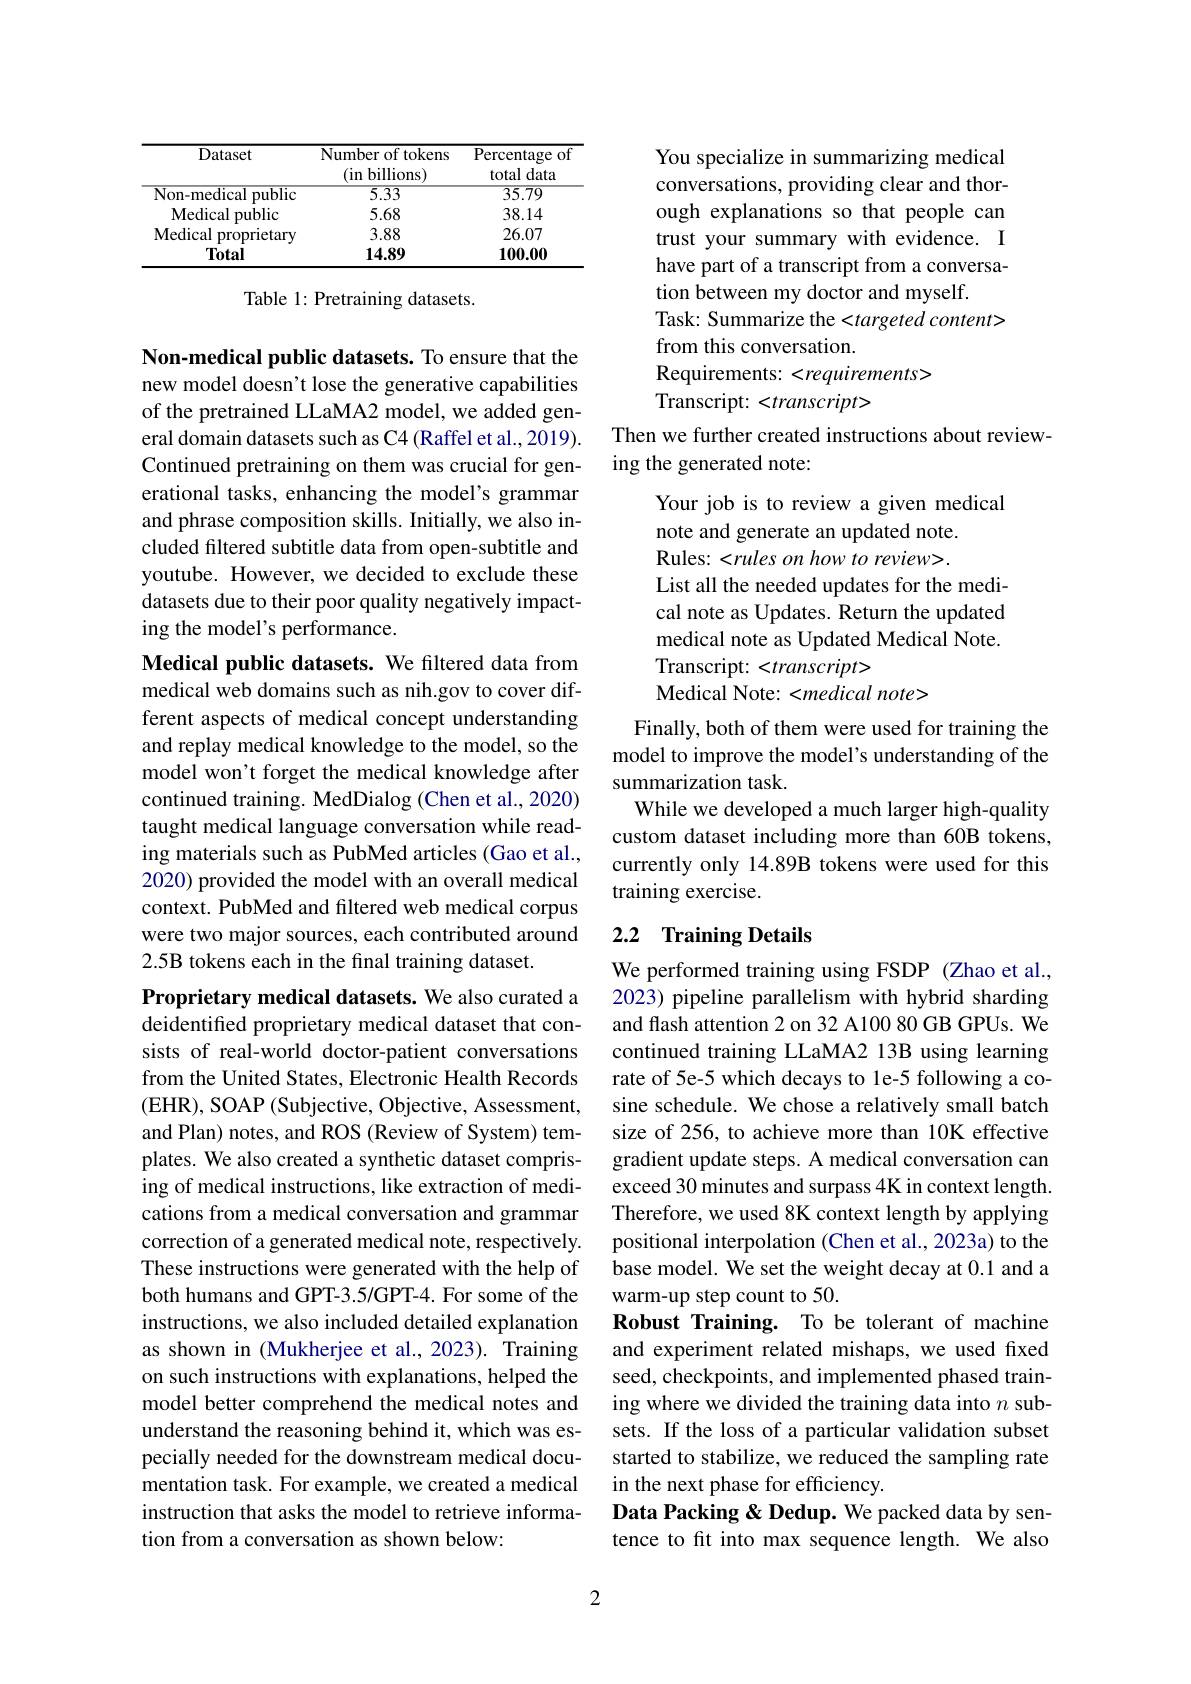
<table>
	<tbody>
		<tr>
			<th>Dataset</th>
			<th>Number of tokens (in billions)</th>
			<th>Percentage of total $o$ data</th>
		</tr>
		<tr>
			<td>Non-medical public </td>
			<td>5.33</td>
			<td>35.79</td>
		</tr>
		<tr>
			<td>Medical public</td>
			<td>5.68</td>
			<td>38.14</td>
		</tr>
		<tr>
			<td>Medical proprietary</td>
			<td>3.88</td>
			<td>26.07</td>
		</tr>
		<tr>
			<td>Total</td>
			<td>14.89</td>
			<td>100.00</td>
		</tr>
	</tbody>
</table>

Table 1: Pretraining datasets.

Non-medical public datasets. To ensure that the new model doesn't lose the generative capabilities of the pretrained LLaMA2 model, we added general domain datasets such as C4 (Raffel et al., 2019). Continued pretraining on them was crucial for generational tasks, enhancing the model's grammar and phrase composition skills. Initially, we also included filtered subtitle data from open-subtitle and youtube. However, we decided to exclude these datasets due to their poor quality negatively impacting the model's performance.
Medical public datasets. We filtered data from medical web domains such as nih.gov to cover different aspects of medical concept understanding and replay medical knowledge to the model, so the model won't forget the medical knowledge after continued training. MedDialog (Chen et al., 2020) taught medical language conversation while reading materials such as PubMed articles (Gao et al., 2020) provided the model with an overall medical context. PubMed and filtered web medical corpus were two major sources, each contributed around 2.5B tokens each in the final training dataset.
Proprietary medical datasets. We also curated a deidentified proprietary medical dataset that consists of real-world doctor-patient conversations from the United States, Electronic Health Records (EHR), SOAP (Subjective, Objective, Assessment, and Plan) notes, and ROS (Review of System) templates. We also created a synthetic dataset comprising of medical instructions, like extraction of medications from a medical conversation and grammar correction of a generated medical note, respectively. These instructions were generated with the help of both humans and GPT-3.5/GPT-4. For some of the instructions, we also included detailed explanation as shown in (Mukherjee et al., 2023). Training on such instructions with explanations, helped the model better comprehend the medical notes and understand the reasoning behind it, which was especially needed for the downstream medical documentation task. For example, we created a medical instruction that asks the model to retrieve information from a conversation as shown below:

2

You specialize in summarizing medical conversations, providing clear and thorough explanations so that people can trust your summary with evidence. I have part of a transcript from a conversation between my doctor and myself.
Task: Summarize the <targeted content>
from this conversation.
Requirements: <requirements>
Transcript: <transcript>
Then we further created instructions about review-
ing the generated note:
Your job is to review a given medical
note and generate an updated note. Rules: <rules on how to review>. List all the needed updates for the medical note as Updates. Return the updated medical note as Updated Medical Note. Transcript: <transcript>
Medical Note: <medical note>
Finally, both of them were used for training the model to improve the model's understanding of the summarization task.
While we developed a much larger high-quality custom dataset including more than 60B tokens, currently only 14.89B tokens were used for this

training exercise.

## 2.2 Training Details

We performed training using FSDP (Zhao et al., 2023) pipeline parallelism with hybrid sharding and flash attention 2 on 32 A100 80 GB GPUs. We continued training LLaMA2 13B using learning rate of 5e-5 which decays to 1e-5 following a cosine schedule. We chose a relatively small batch size of 256, to achieve more than 10K effective gradient update steps. A medical conversation can exceed 30 minutes and surpass 4K in context length. Therefore, we used 8K context length by applying positional interpolation (Chen et al.,2023a) to the base model. We set the weight decay at 0.1 and a warm-up step count to 50.
Robust Training. To be tolerant of machine and experiment related mishaps, we used fixed seed, checkpoints, and implemented phased training where we divided the training data into $n$ subsets. If the loss of a particular validation subset started to stabilize, we reduced the sampling rate in the next phase for efficiency.
Data Packing & Dedup. We packed data by sentence to ft into max sequence length. We also